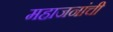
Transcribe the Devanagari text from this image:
महाजनांची